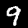
Label: 9